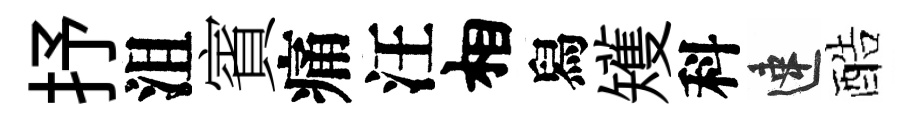
抒沮賓痛汪相舄矱科速酷